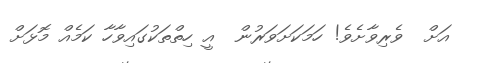
އަށް  ވެރިވާށެވެ! ހަމަކަށަވަރުން  އީ ހިތްތަކުގައިވާހާ ކަމެއް މޮޅަށް